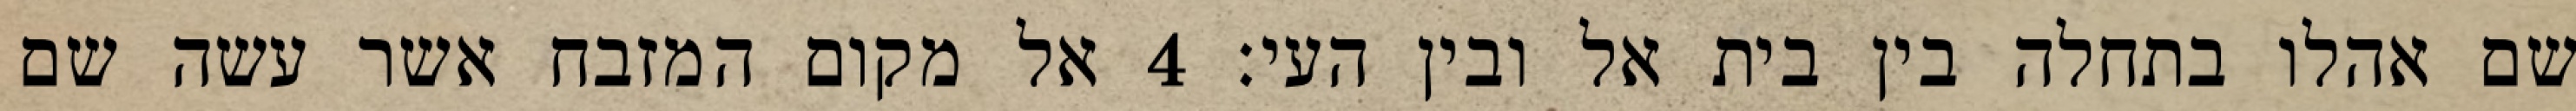
שם אהלו בתחלה בין בית אל ובין העי׃ ‎4‏ אל מקום המזבח אשר עשה שם